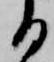
る